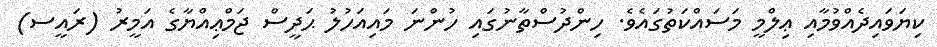
ކިޔަވައިދެއްވުމާއި ޢިލްމީ މަސައްކަތުގައެވެ. ހިންދުސްތާނުގައި ހުންނަ މައިއަހުލު ޙަދީސް ޖަމްޢިއްޔާގެ އަމީރު (ރައީސ)